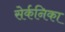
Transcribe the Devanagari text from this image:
सेर्कनिका